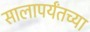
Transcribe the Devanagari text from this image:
सालापर्यंतच्या